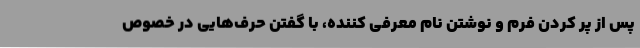
پس از پر کردن فرم و نوشتن نام معرفی کننده، با گفتن حرف‌هایی در خصوص